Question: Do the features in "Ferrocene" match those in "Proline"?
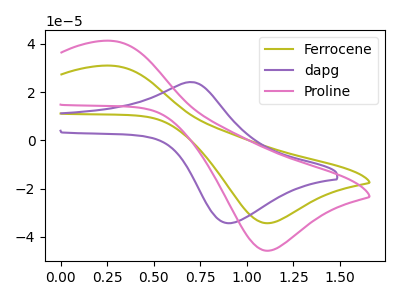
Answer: <think>The olive curve "Ferrocene" has an anodic peak at (0.30V, 30.90uA) and a cathodic peak at (1.10V, -34.30uA). The purple curve "dapg" has an anodic peak at (0.70V, 24.15uA) and a cathodic peak at (0.90V, -34.30uA). The pink curve "Proline" has an anodic peak at (0.30V, 41.20uA) and a cathodic peak at (1.10V, -45.70uA).
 All the peaks in "Ferrocene" have a peak in "Proline" at the same potential. Every peak in "Ferrocene" is lower than every peak in "Proline".</think>
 <answer>"Ferrocene" and "Proline" are similar in shape.</answer>
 <eval>same_shape</eval>